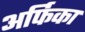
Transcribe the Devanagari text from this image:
अर्फिका